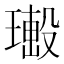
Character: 𤩚